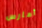
أمارس